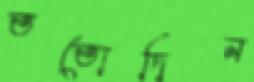
ততোদিন